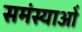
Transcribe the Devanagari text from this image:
समंस्याओं